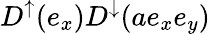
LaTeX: D^{\uparrow}(e_{x})D^{\downarrow}(ae_{x}e_{y})